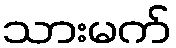
သားမက်